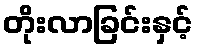
တိုးလာခြင်းနှင့်